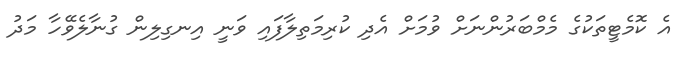
އެ ކޮމެޓީތަކުގެ މެމްބަރުންނަށް ވުމަށް އެދި ކުރިމަތިލާފައި ވަނީ އިނގިލިން ގުނާލެވޭހާ މަދު